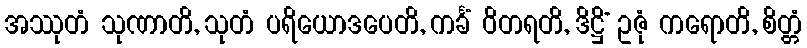
အဿုတံ သုဏာတိ, သုတံ ပရိယောဒပေတိ, ကင်္ခံ ဝိတရတိ, ဒိဋ္ဌိံ ဥဇုံ ကရောတိ, စိတ္တံ